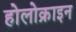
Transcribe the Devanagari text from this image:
होलोक्राइन